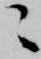
ニ